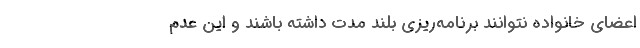
اعضای خانواده‌ نتوانند برنامه‌ریزی بلند مدت داشته باشند و این عدم